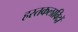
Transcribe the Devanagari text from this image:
हस्तकलाविदों